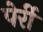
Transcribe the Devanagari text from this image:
पेर्री